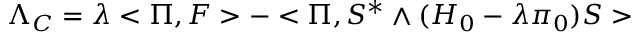
\Lambda _ { C } = \lambda < \Pi , F > - < \Pi , S ^ { * } \wedge ( H _ { 0 } - \lambda \pi _ { 0 } ) S >